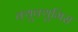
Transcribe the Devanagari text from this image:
क्यूक्युमिस